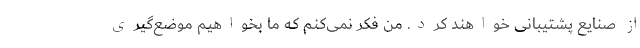
از صنایع پشتیبانی خواهند کرد. من فکر نمی‌کنم که ما بخواهیم موضع‌گیری